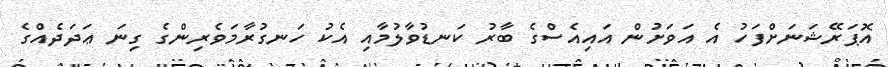
އޮޕަރޭޝަނަށްފަހު އެ އަވަށުން އައިއެސްގެ ބާރު ކަނޑުވާލުމާއި އެކު ހަނގުރާމަވެރިންގެ ގިނަ ޢަދަދެއްގެ